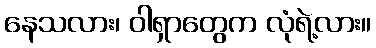
နေသလား၊ ဝါရှာတွေက လုံရဲ့လား။